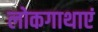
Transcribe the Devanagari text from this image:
लोकगाथाएं